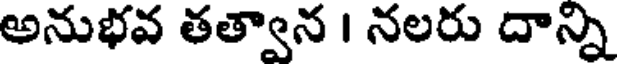
అనుభవ తత్వాన । నలరు దాన్ని